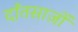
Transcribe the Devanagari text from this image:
दाँतसाज़ों